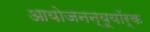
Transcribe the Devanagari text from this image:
आयोजनन्यूयॉर्क